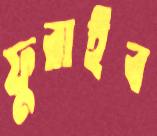
ফুরাইব